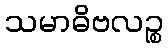
သမာဓိဗလဉ္စ